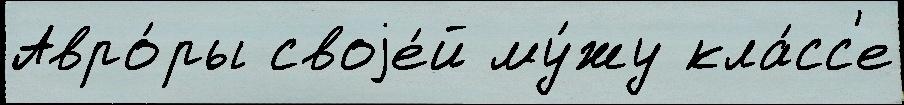
Авро́ры своjе́й му́жу кла́сс'е